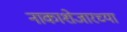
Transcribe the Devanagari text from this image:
नाकाशेजारच्या